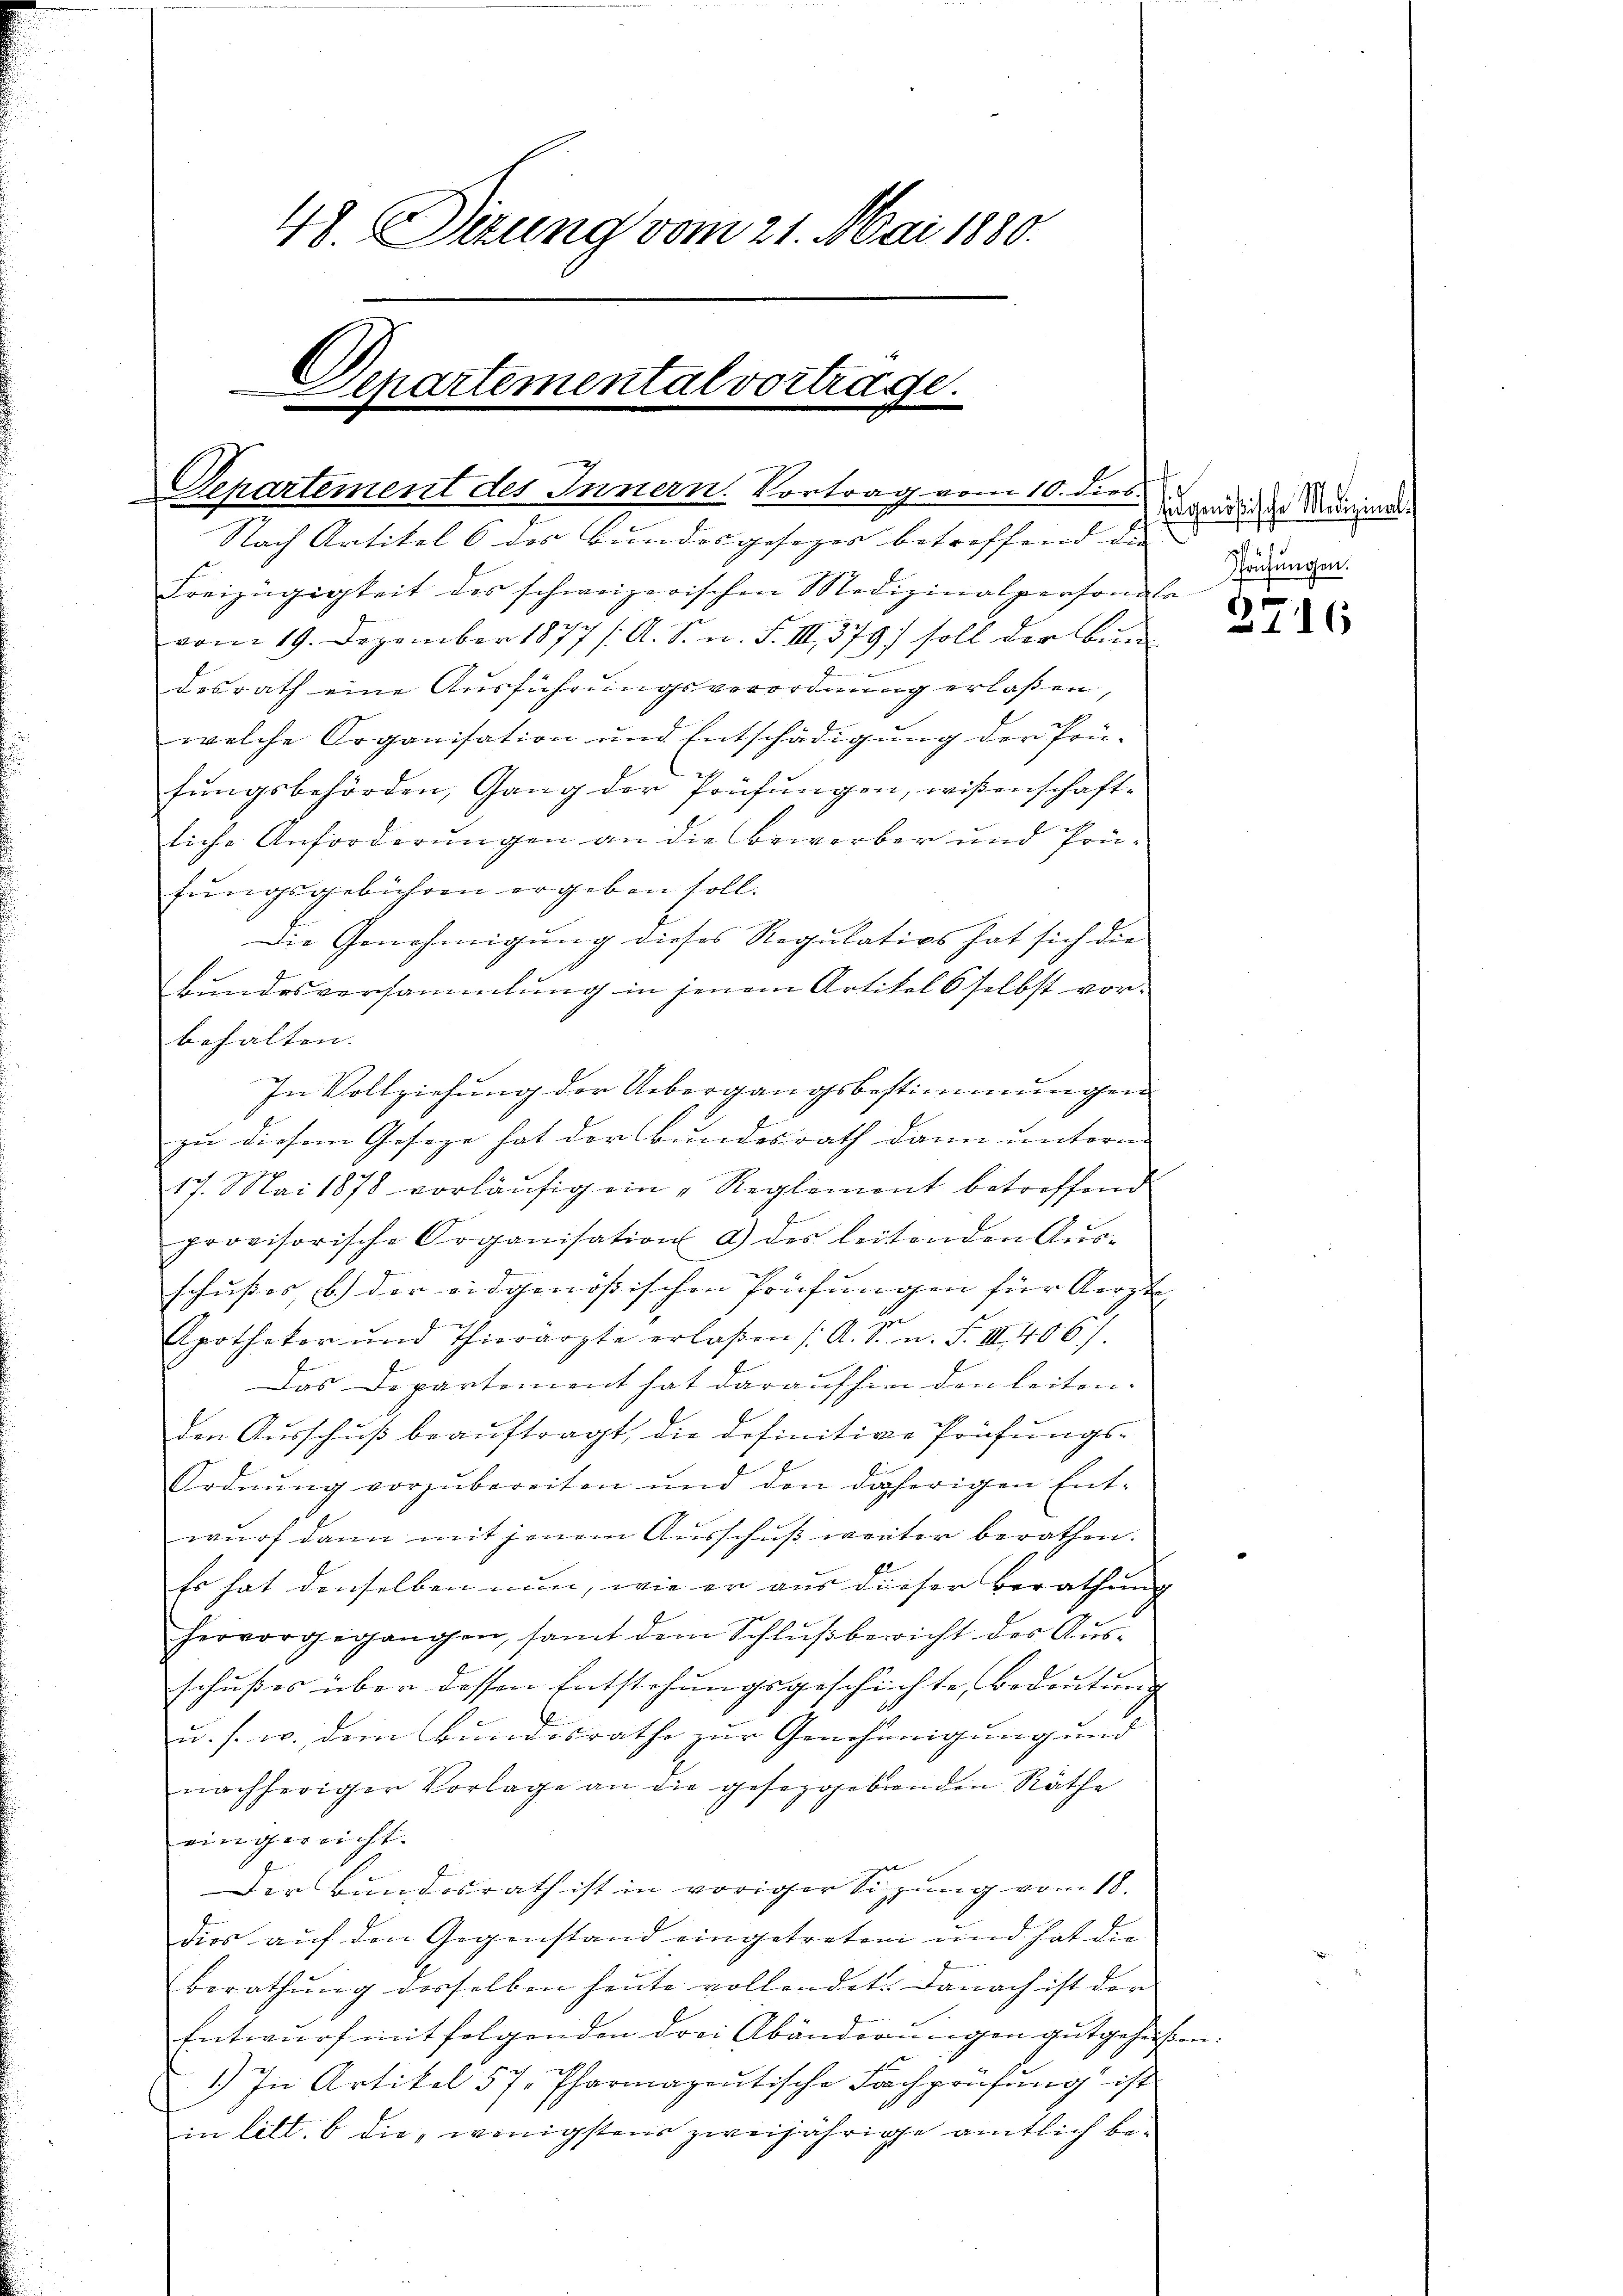
48. Sizung vom 21. Mai 1880.
Departemental vortrage.

.
Separtement des Innern. Vortrag vom 10. dies

Nach Artikel 6. des Bundesgesezes betreffend die
Freizügigkeit des schweizerischen Medizinalpersonen Brunnen.
vom 19. Dezember 1877 /: A. S. n. F. III 379) soll der Bundesrath eine Ausführungsverordnung erlaßen,
welche Organisation und Entschädigung der Prü-
fungsbehörden, Gang der Prüfungen, wißenschaftliche Anforderungen an die Bewerber und Prüfŭngsgebühren ergeben soll.
Die Genehmigung dieses Regulativs hat sich die
Bundesversammlung in jenem Artikel selbst vorbehalten. |
In Vollziehung der Uebergangsbestimmungen
zu diesem Geseze hat der Bundesrath dann unterm
17. Mai 1878 vorläufig ein „Reglement betreffend
provisorische Organisation a) des leitenden Aŭs-
schußes, b.) der eidgenößischen Prüfungen für Aerzte
E
Apotheker und Thierarzte erlaßen (A. R. n. F. III. 406).
Das Departement hat daraufhin den leitenden Aŭsschŭβ beaŭftragt, die definitive Prüfŭngs-
Ordnung vorzubereiten und den daherigen Ent-
wurf dann mit jenem Ausschuß weiter berathen.
Es hat denselben nun, wie er aus dieser Berathung
hervorgegangen, samt dem Schlŭβbericht des Aŭs-
schußes über dessen Entstehungsgeschichte Bedeutung |
u. s. w. dem Bundesrathe zur Genehmigung und
nachheriger Vorlage an die gesetzgebenden Räthe
eingereicht.
Der Bundesrath ist in voriger Sizung vom 18.
dies auf den Gegenstand eingetreten und hat die
berathŭng derselben heute vollendet. Danach ist der
Entwurf mit folgenden drei Abänderungen gutgeheißen.
1.) In Artikel 57. Pharmapoŭtische Fachprüfŭng ist
in litt. b die, wenigstens zweijährige amtlich be¬

Eidgenößische Medizinali

3716